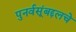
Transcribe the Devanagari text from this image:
पुनर्वसूंबद्दलचे